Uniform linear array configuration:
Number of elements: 4
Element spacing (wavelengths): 0.5
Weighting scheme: uniform
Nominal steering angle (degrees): -45
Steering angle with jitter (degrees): -45.941
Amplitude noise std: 0.05
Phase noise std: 0.05

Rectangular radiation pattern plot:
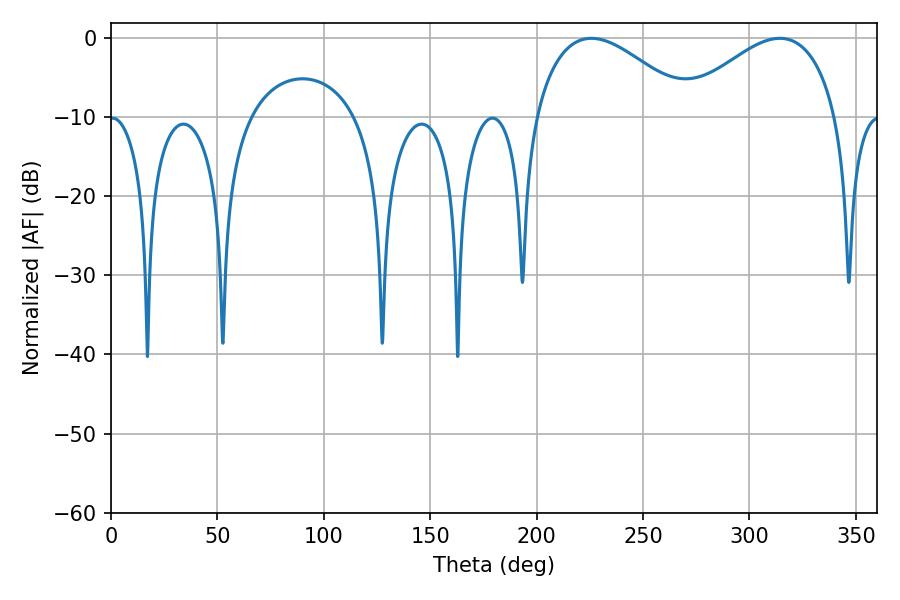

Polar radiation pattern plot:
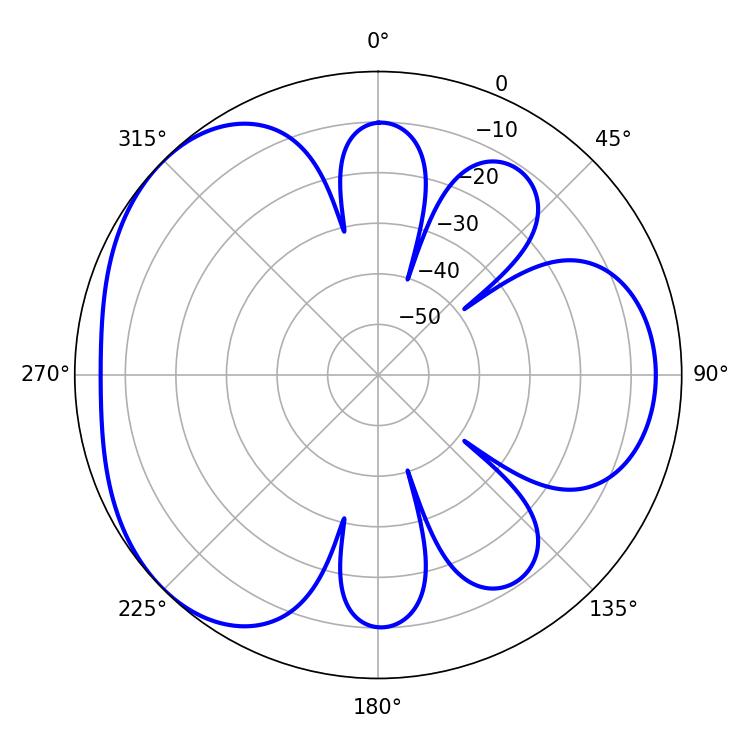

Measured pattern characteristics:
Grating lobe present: FALSE
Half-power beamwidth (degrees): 40.5
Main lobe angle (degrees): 225.72